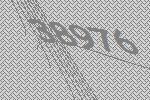
38976